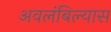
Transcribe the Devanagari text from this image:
अवलंबिल्यास